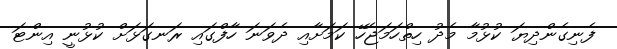
ފެނިގެންދިޔަ ކުޅުމާ މެދު ހިތްހަމަޖެހޭ ކަމަށާއި ދެވަނަ ހާފްގައި ރަނގަޅަށް ކުޅުނީ އިންޓަ